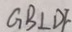
G B \bot D F